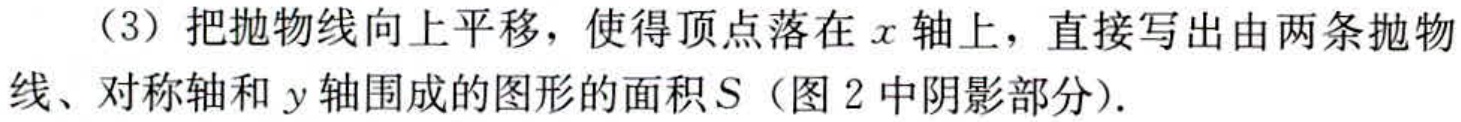
（3）把抛物线向上平移，使得顶点落在\(x\)轴上，直接写出由两条抛物线、对称轴和\(y\)轴围成的图形的面积\(S\)（图2中阴影部分）.